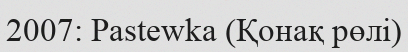
2007: Pastewka (Қонақ рөлі)